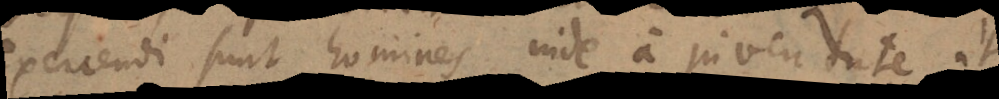
exercendi sunt homines inde a juventute, ut